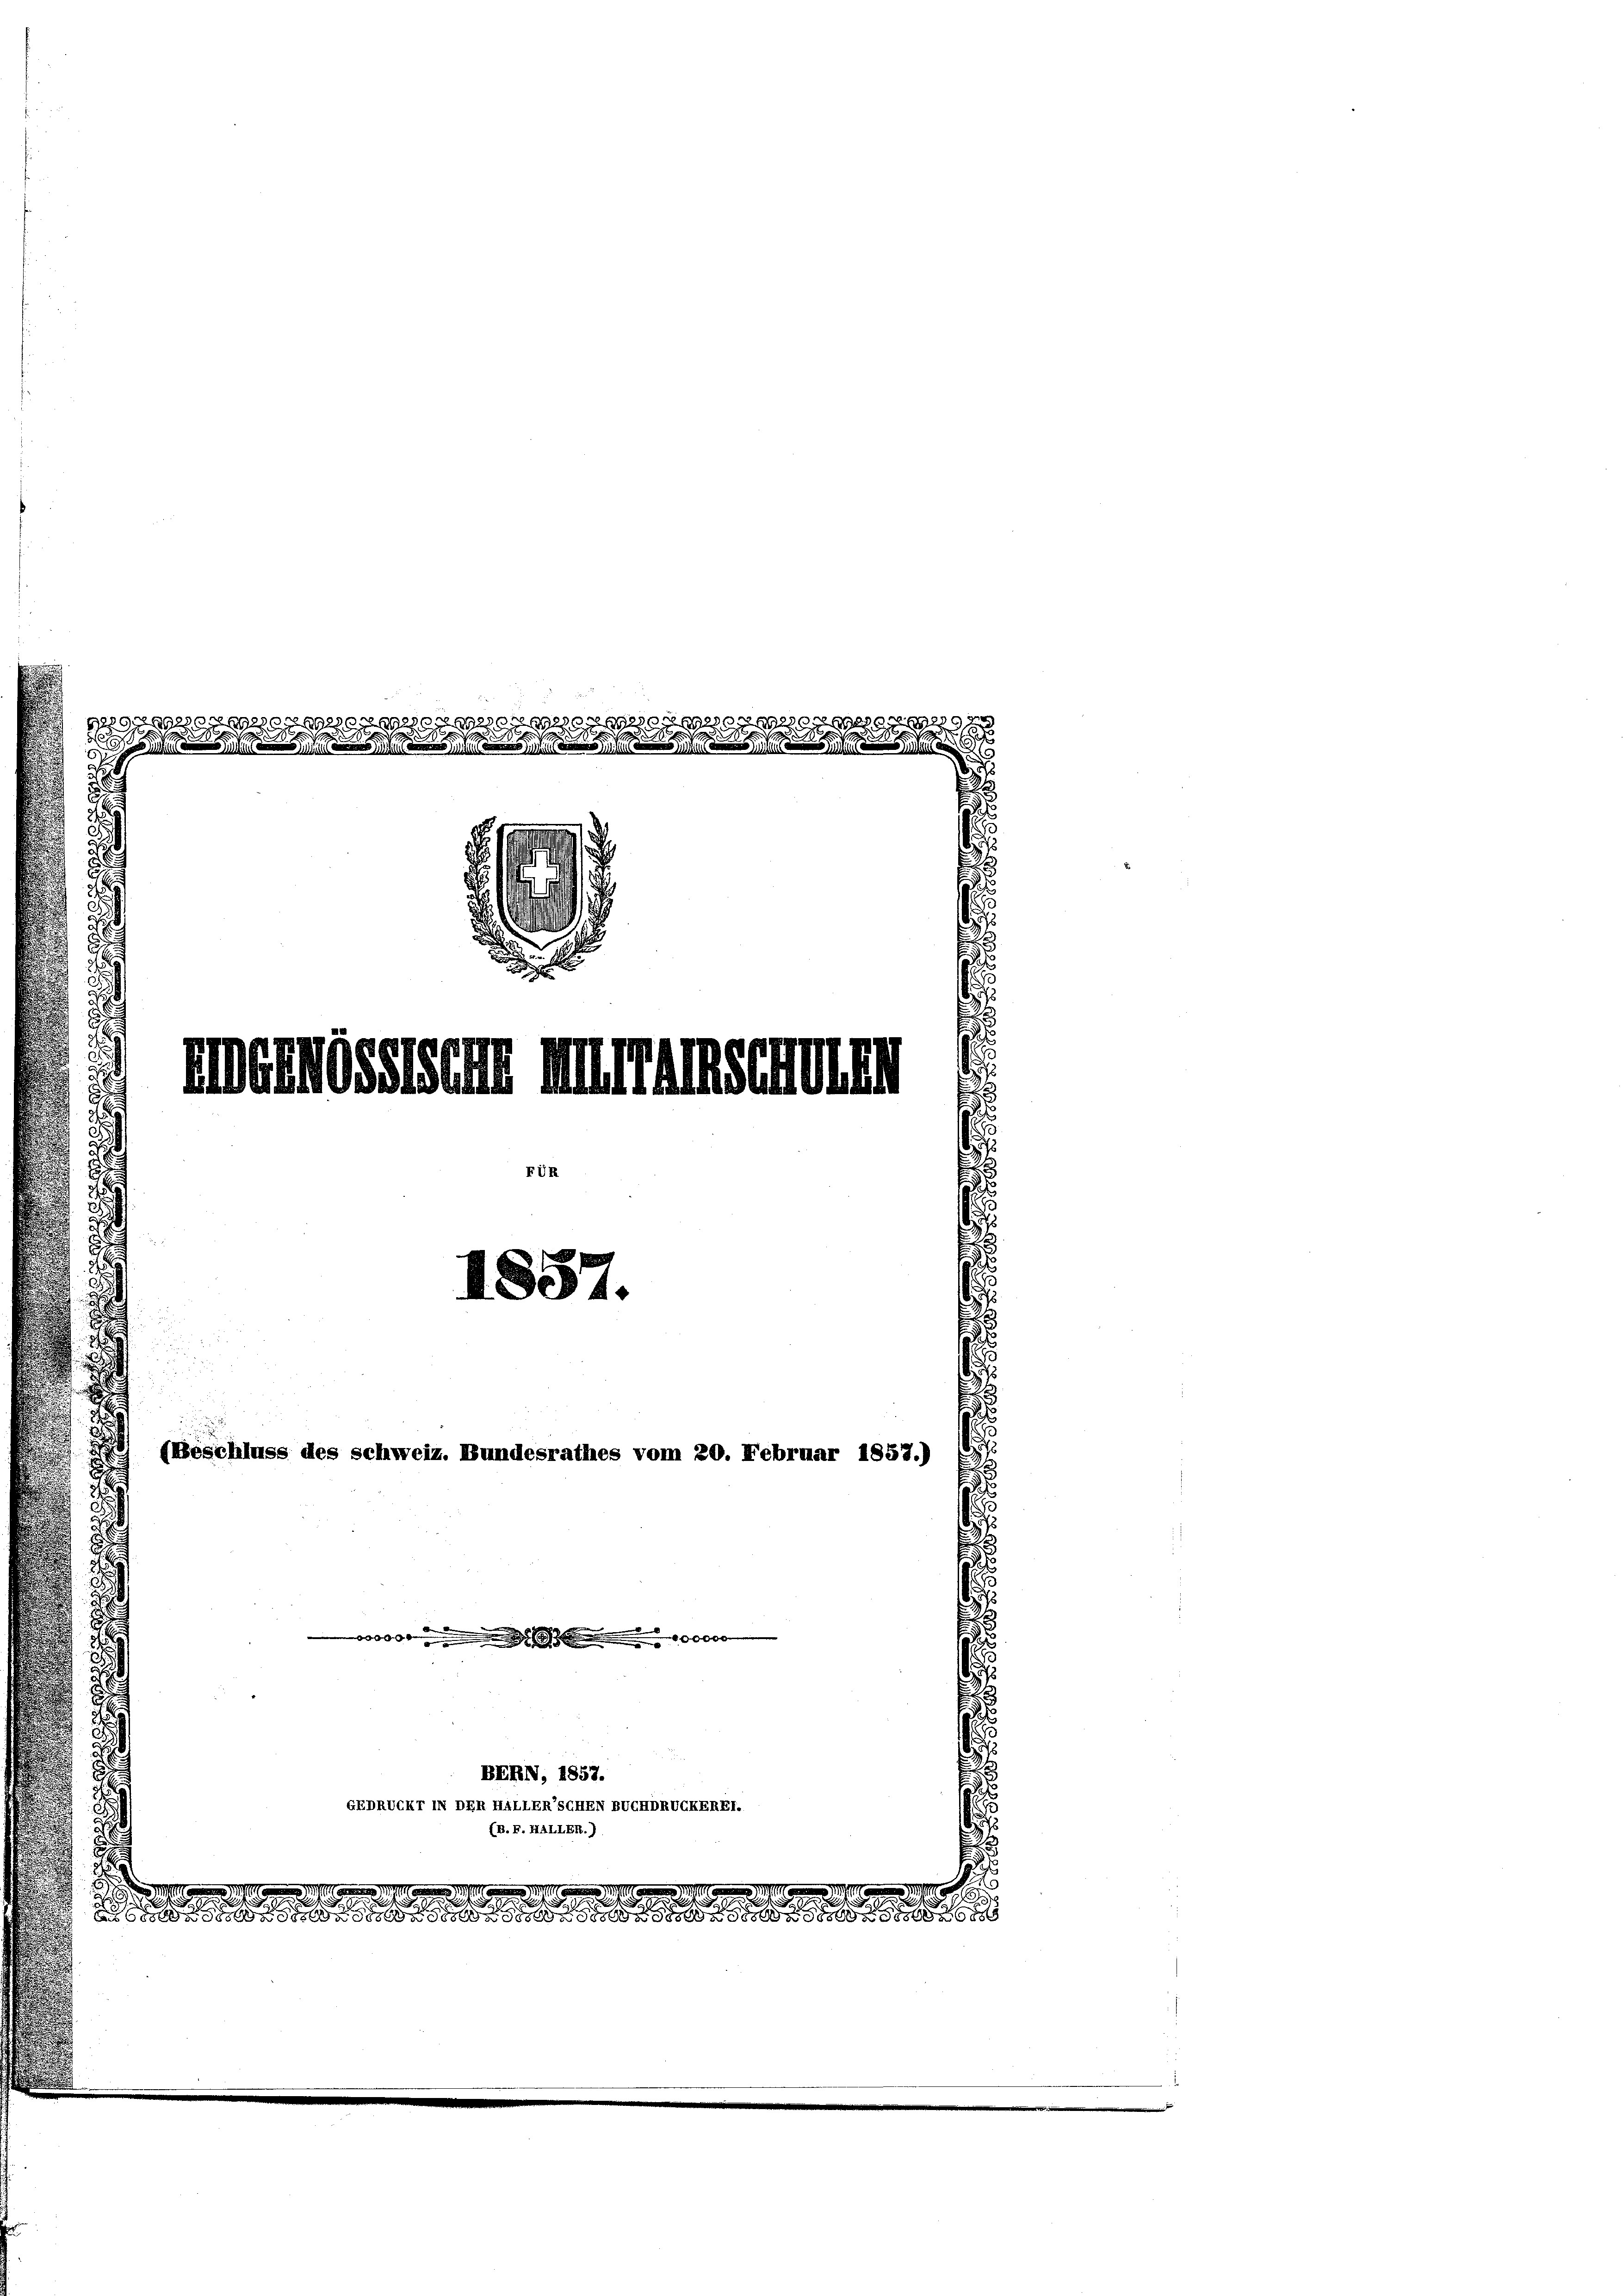
1889
9
89279, 1929
829.
e
.
.
2

.

Uddadurn anzurechen sein
1887.

(Beschluss des Schweiz. Bundesrathes vom 20. Februar 1857.)
.

BERN, 1857.
EEDRUCKT IN DER HALLERSCHEN BUCHDRUCKEREI.
(B. F. HALLER.).

d

2
2
 u de